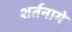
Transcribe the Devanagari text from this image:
शर्तनामे